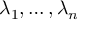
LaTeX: \lambda _ { 1 } , \ldots , \lambda _ { n }